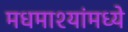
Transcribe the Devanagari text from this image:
मधमाश्यांमध्ये